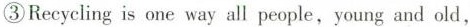
③Recycling is one way all people,young and old,